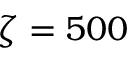
\zeta = 5 0 0